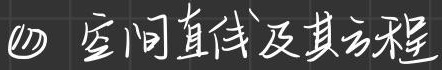
(四) 空间直线及其方程